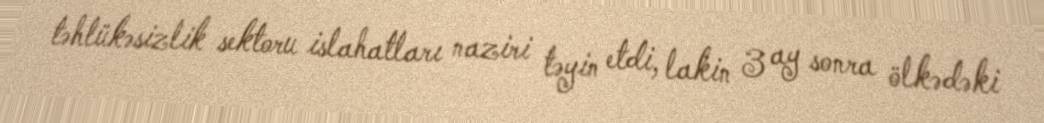
təhlükəsizlik sektoru islahatları naziri təyin etdi, lakin 3 ay sonra ölkədəki